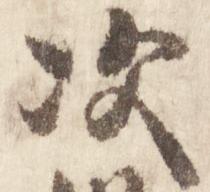
次